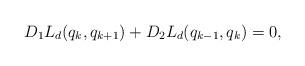
LaTeX: \begin{align*} D_1L_d( q_k, q_{k+1})+D_2L_d( q_{k-1}, q_{k})=0,\end{align*}